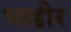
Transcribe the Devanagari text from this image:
भाडीर